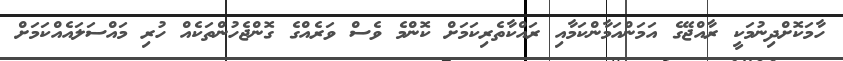
ހާމަކޮށްދިނުމަކީ ރާއްޖޭގެ އަމަންއަމާންކަމާއި ރައްކާތެރިކަމަށް ކޮންމެ ވެސް ވަރެއްގެ ގޮންޖެހުންތަކެއް ހުރި މައްސަލައެއްކަމަށް